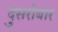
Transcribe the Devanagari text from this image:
दुसरीबार